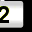
Digit: 2